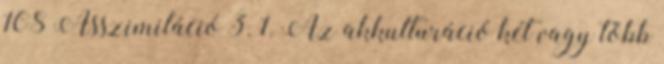
108 Asszimiláció 3. 1. Az akkulturáció két vagy több